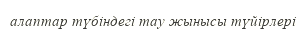
алаптар түбіндегі тау жынысы түйірлері